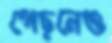
পেছনেও